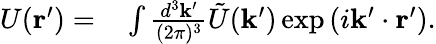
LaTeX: \begin{array}{rl}{U(\mathbf{r}^{\prime})=}&{{}\int\frac{d^{3}\mathbf{k}^{\prime}}{(2\pi)^{3}}\tilde{U}(\mathbf{k}^{\prime})\exp\left(i\mathbf{k}^{\prime}\cdot\mathbf{r}^{\prime}\right).}\end{array}